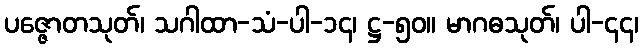
ပဇ္ဇောတသုတ်၊ သဂါထာ-သံ-ပါ-၁၄၊ ဋ္ဌ-၅၀။ မာဂဓသုတ်၊ ပါ-၄၄၊